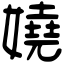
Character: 嬈